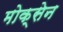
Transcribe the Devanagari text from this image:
मोक्सेन